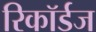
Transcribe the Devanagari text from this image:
रिकॉर्डज